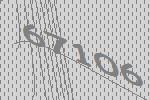
67106